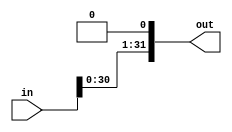
module sll2_32 (in, out);
		input	signed [31:0]	in;
		output	signed [31:0]	out;
		
		assign out = in <<< 1;
		
endmodule